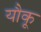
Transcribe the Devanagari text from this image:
यौकू